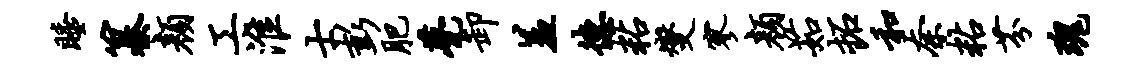
睡纂颜工淮士彭肥甍卸羞德粘燮寥颜茹拓和奈粘芬瑰